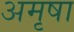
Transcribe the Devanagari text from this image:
अमृषा